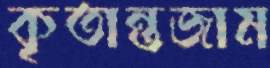
কৃতান্তজাম